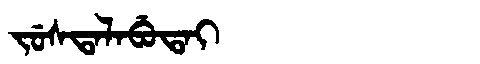
Manchu: ᠵᡠᠰᡨᠠᠯᠠᠪᡠᡨᠠᡳ
Romanization: JUSTALABUTAI